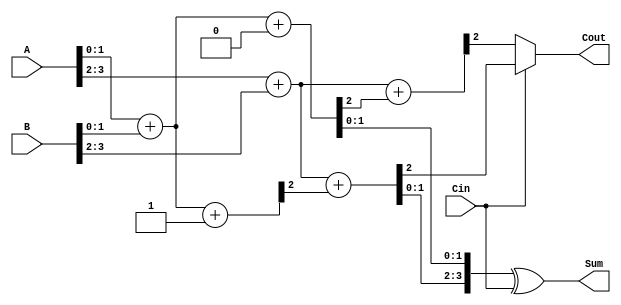
module CarrySelectAdder (
    input [3:0] A,      // 4-bit input A
    input [3:0] B,      // 4-bit input B
    input Cin,          // Carry-in
    output [3:0] Sum,   // 4-bit Sum output
    output Cout         // Carry-out
);

    // Internal wires for sums and carries
    wire [1:0] S0_0, S0_1, S1_0, S1_1; // Sums for carry-in 0 and 1
    wire C0_0, C0_1, C1_0, C1_1;        // Carries for carry-in 0 and 1

    // Block 1 (A[1:0], B[1:0])
    // For Carry-in = 0
    assign {C0_0, S0_0} = A[1:0] + B[1:0] + 2'b00; // S0_0, C0_0
    // For Carry-in = 1
    assign {C0_1, S1_0} = A[1:0] + B[1:0] + 2'b01; // S1_0, C0_1

    // Block 2 (A[3:2], B[3:2])
    // For Carry-in = 0
    assign {C1_0, S0_1} = A[3:2] + B[3:2] + {1'b0, C0_0}; // S0_1, C1_0
    // For Carry-in = 1
    assign {C1_1, S1_1} = A[3:2] + B[3:2] + {1'b0, C0_1}; // S1_1, C1_1

    // Final Sum and Carry selection
    assign Sum = {S1_1, S0_0} ^ {2'b00, Cin}; // Select S0 or S1 based on Cin
    assign Cout = Cin ? C1_1 : C1_0; // Select Cout based on Cin

endmodule